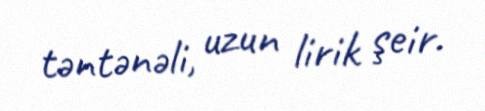
təntənəli, uzun lirik şeir.